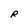
Character: R